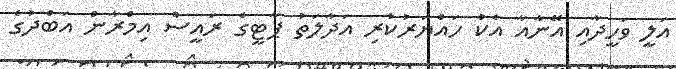
އަލީ ވަހީދާއި އޭނާއާ އެކު ހައްޔަރުކުރި އަދާލަތު ޕާޓީގެ ރައީސް އިމްރާން އަބްދުގެ